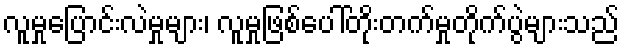
လူမှုပြောင်းလဲမှုများ၊ လူမှုဖြစ်ပေါ်တိုးတက်မှုတိုက်ပွဲများသည်